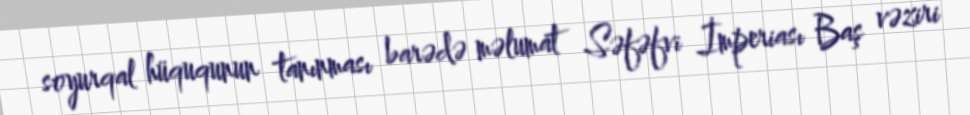
soyurqal hüququnun tanınması barədə məlumat Səfəfvi İmperiası Baş vəziri